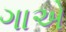
ગાએ